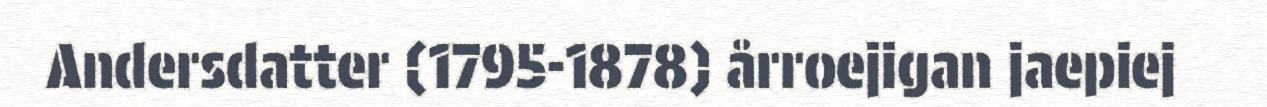
Andersdatter (1795-1878) årroejigan jaepiej